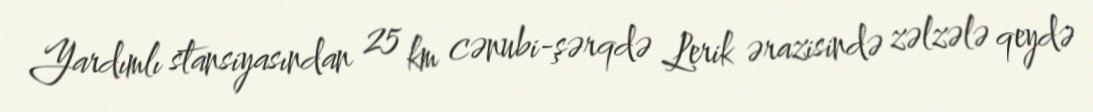
Yardımlı stansiyasından 25 km cənubi-şərqdə Lerik ərazisində zəlzələ qeydə